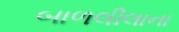
બાળલીલાના